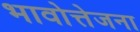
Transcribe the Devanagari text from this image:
भावोत्तेजना